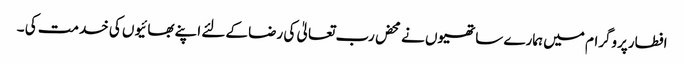
افطارپروگرام میں ہمارے ساتھیوں نے محض رب تعالیٰ کی رضا کےلئے اپنے بھائیوں کی خدمت کی ۔